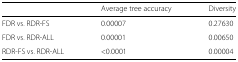
<table><thead><tr><td></td><td><b>Average tree accuracy</b></td><td><b>Diversity</b></td></tr></thead><tbody><tr><td>FDR vs. RDR-FS</td><td>0.00007</td><td>0.27630</td></tr><tr><td>FDR vs. RDR-ALL</td><td>0.00001</td><td>0.00650</td></tr><tr><td>RDR-FS vs. RDR-ALL</td><td>&lt;0.0001</td><td>0.00004</td></tr></tbody></table>